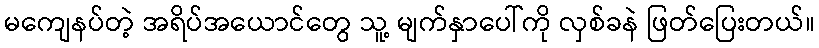
မကျေနပ်တဲ့ အရိပ်အယောင်တွေ သူ့ မျက်နှာပေါ်ကို လှစ်ခနဲ ဖြတ်ပြေးတယ်။